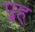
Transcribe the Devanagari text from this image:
पु्ह्